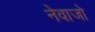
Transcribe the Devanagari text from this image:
नेवाजो